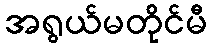
အရွယ်မတိုင်မီ